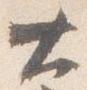
大